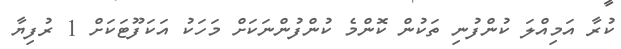
ކުރާ އަމިއްލަ ކުންފުނި ތަކުން ކޮންމެ ކުންފުންނަކަށް މަހަކު އަކަފޫޓަކަށް 1 ރުފިޔާ